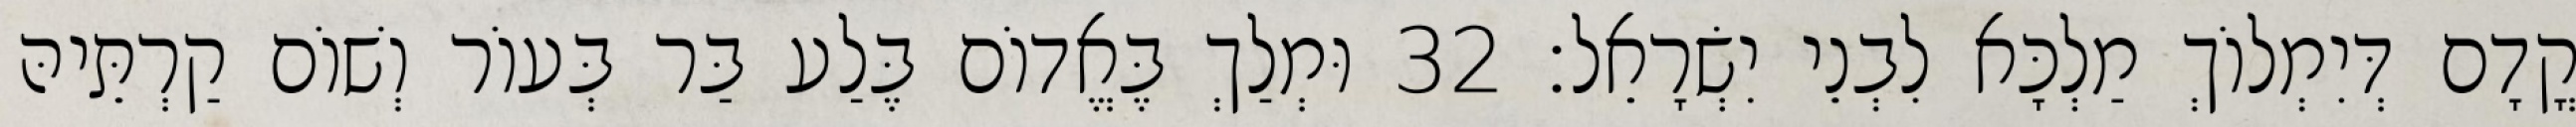
קֳדָם דְּיִמְלוֹךְ מַלְכָּא לִבְנֵי יִשְׂרָאֵל׃ 32 וּמְלַךְ בֶּאֱדוֹם בֶּלַע בַּר בְּעוֹר וְשׁוֹם קַרְתֵּיהּ